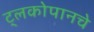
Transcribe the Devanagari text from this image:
ट्लकोपानचे